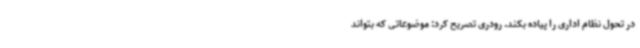
در تحول نظام اداری را پیاده بکند. رودری تصریح کرد: موضوعاتی که بتواند